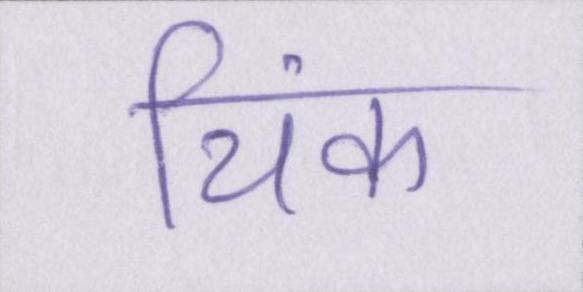
थिंक